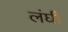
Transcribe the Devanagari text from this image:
लंघी